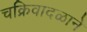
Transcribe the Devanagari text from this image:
चक्रिवादळाने